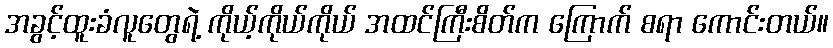
အခွင့်ထူးခံလူတွေရဲ့ ကိုယ့်ကိုယ်ကိုယ် အထင်ကြီးစိတ်က ကြောက် စရာ ကောင်းတယ်။